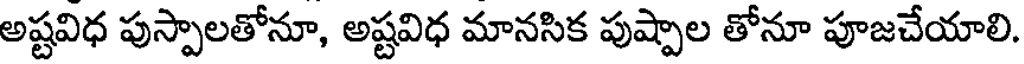
అష్టవిధ పుస్పాలతోనూ, అష్టవిధ మానసిక పుష్పాల తోనూ పూజచేయాలి.